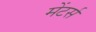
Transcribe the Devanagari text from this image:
मेंटर्स